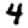
Digit: 4